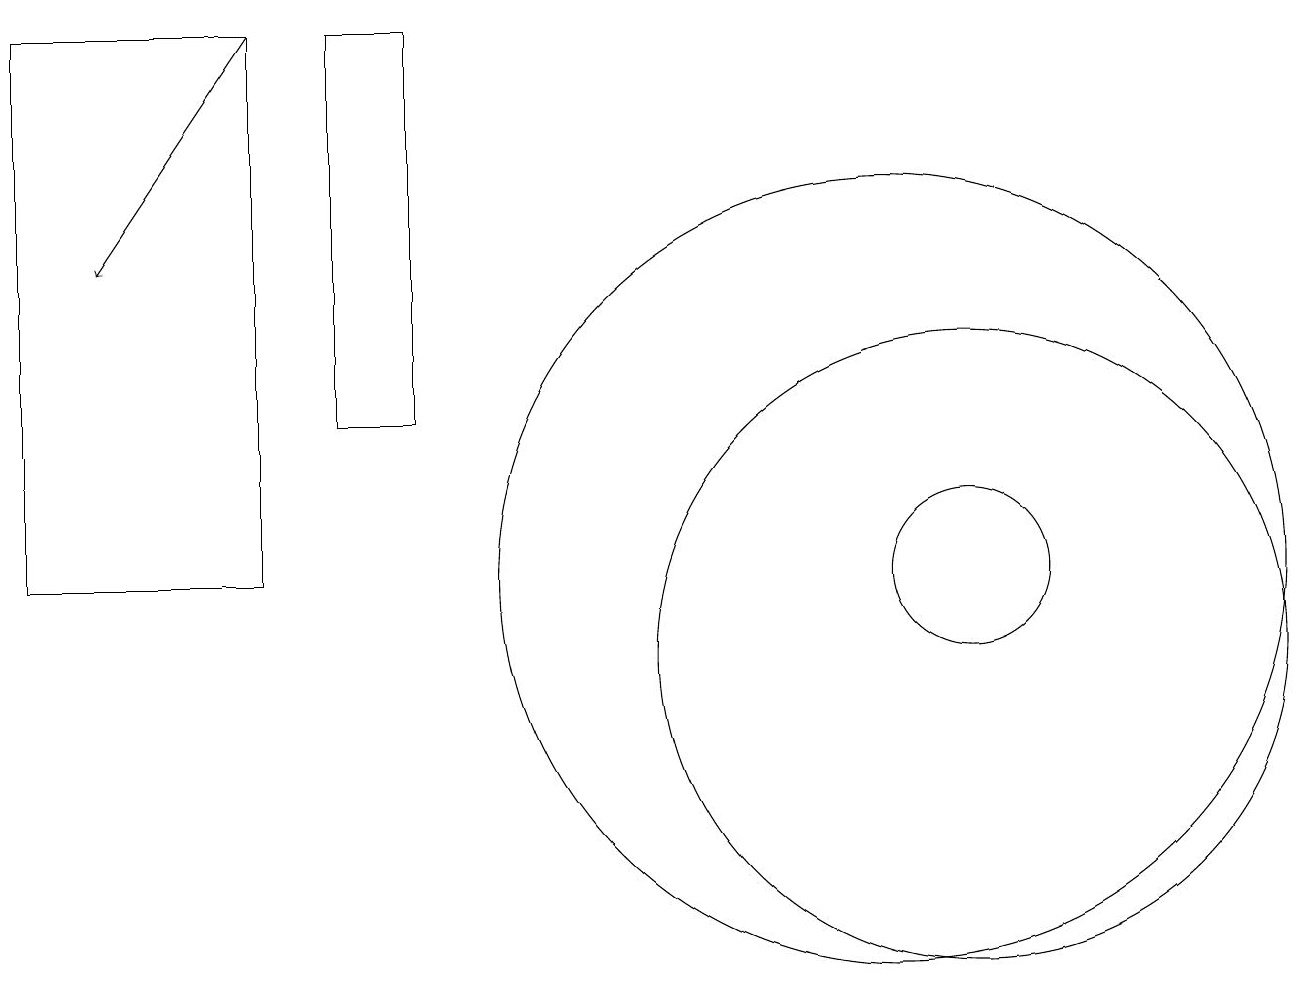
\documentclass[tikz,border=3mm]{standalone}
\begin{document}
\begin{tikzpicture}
\draw (5,18) rectangle (4,13);
\draw (12,10) circle (4);
\draw (12,11) circle (1);
\draw (11,11) circle (5);
\draw[->] (3,18) -- (1,15);
\draw (0,18) rectangle (3,11);
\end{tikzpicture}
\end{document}